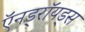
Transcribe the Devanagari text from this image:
ऍनड्रॉयड्स